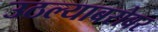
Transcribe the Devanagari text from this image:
उठल्याबरोबर